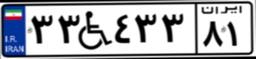
۳۳W۴۳۳۸۱